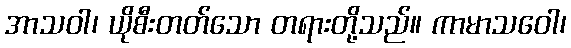
အာသဝါ၊ ယိုစီးတတ်သော တရားတို့သည်။ ကာမာသဝေါ၊